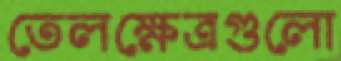
তেলক্ষেত্রগুলো